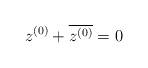
LaTeX: \begin{align*}z^{(0)} + \overline{z^{(0)}} = 0\end{align*}